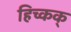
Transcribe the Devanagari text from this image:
हिच्कक्